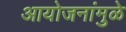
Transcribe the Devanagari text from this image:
आयोजनांमुळे